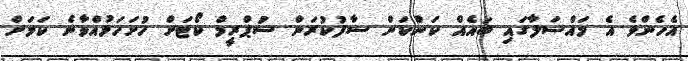
އެހެންވެ އެ މައްސަލާގައި ބައެއް ކަންކަން ސާފުކުރަން ސުޕްރީމް ކޯޓަށް ހުށަހަޅުއްވާނެ ކަމަށް